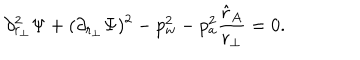
\partial _ { r _ { \perp } } ^ { 2 } \Psi + ( \partial _ { r _ { \perp } } \Psi ) ^ { 2 } - p _ { w } ^ { 2 } - p _ { a } ^ { 2 } { \frac { \hat { r } _ { A } } { r _ { \perp } } } = 0 .